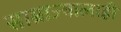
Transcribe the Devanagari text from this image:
साम्राज्यालाही